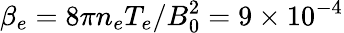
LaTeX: \beta_{e}=8\pi n_{e}T_{e}/B_{0}^{2}=9\times 10^{-4}